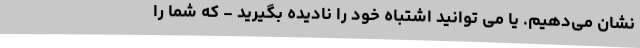
نشان می‌دهیم. یا می توانید اشتباه خود را نادیده بگیرید - که شما را